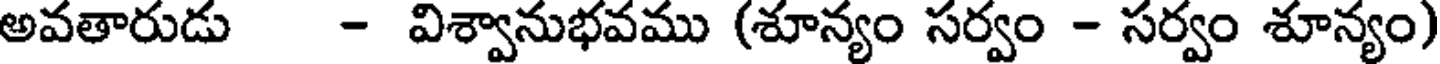
అవతారుడు - విశ్వానుభవము (శూన్యం సర్వం - సర్వం శూన్యం)